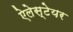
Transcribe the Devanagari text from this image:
ऐलेस्टेयर